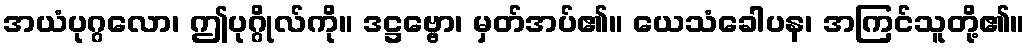
အယံပုဂ္ဂလော၊ ဤပုဂ္ဂိုလ်ကို။ ဒဋ္ဌဗ္ဗော၊ မှတ်အပ်၏။ ယေသံခေါပန၊ အကြင်သူတို့၏။